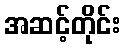
အဆင့်တိုင်း